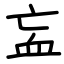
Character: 衁